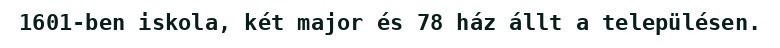
1601-ben iskola, két major és 78 ház állt a településen.